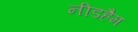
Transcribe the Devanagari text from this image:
नीडहैम